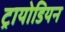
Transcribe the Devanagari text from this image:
ट्रायोडियन